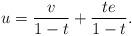
LaTeX: \begin{align*} u = \frac{v}{1 - t} + \frac{te}{1 - t}.\end{align*}